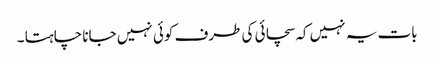
بات یہ نہیں کہ سچائی کی طرف کوئی نہیں جانا چاہتا ۔